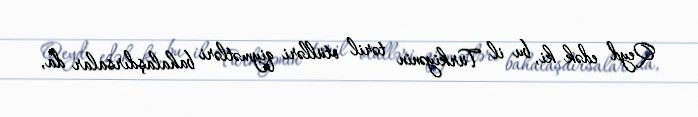
Qeyd edək ki, bu il Türkiyənin təril otülləri qiymətləri bahalaşdırsalar da,